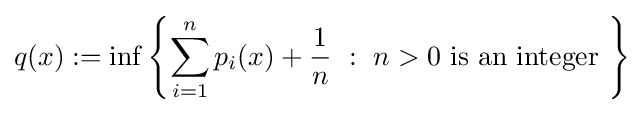
q(x):=\inf _{}\left\{\sum _{i=1}^{n}p_{i}(x)+{\frac {1}{n}}~:~n>0{\text{ is an integer }}\right\}